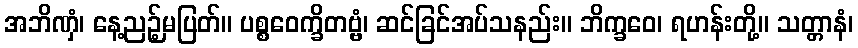
အဘိဏှံ၊ နေ့ညဉ့်မပြတ်။ ပစ္စဝေက္ခိတဗ္ဗံ၊ ဆင်ခြင်အပ်သနည်း။ ဘိက္ခဝေ၊ ရဟန်းတို့။ သတ္တာနံ၊